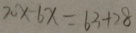
2 0 x - 6 x = 6 3 + 2 8